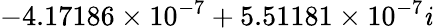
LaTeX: -4.17186\times10^{-7}+5.51181\times10^{-7}\mathit{i}